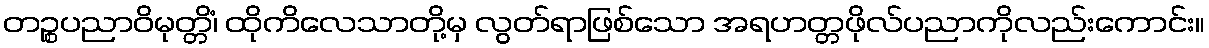
တဉ္စပညာဝိမုတ္တိံ၊ ထိုကိလေသာတို့မှ လွတ်ရာဖြစ်သော အရဟတ္တဖိုလ်ပညာကိုလည်းကောင်း။